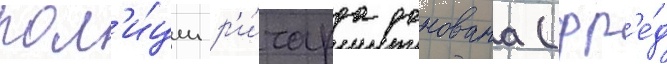
пол'и́ции р'и́чарда донована (фр'е́д